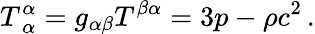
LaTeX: T_{\, \alpha}^{\alpha}=g_{\alpha\beta}T^{\beta\alpha}=3p-\rho c^{2}\, .